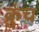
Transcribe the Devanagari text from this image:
क्रुंच